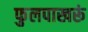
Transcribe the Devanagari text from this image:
फुलपाखरूं